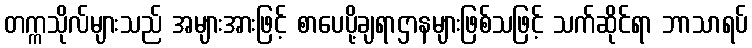
တက္ကသိုလ်များသည် အများအားဖြင့် စာပေပို့ချရာဌာနများဖြစ်သဖြင့် သက်ဆိုင်ရာ ဘာသာရပ်